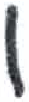
אות: ו